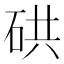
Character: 硔